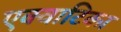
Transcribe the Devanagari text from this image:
एक्वाटिका